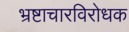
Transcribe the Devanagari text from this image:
भ्रष्टाचारविरोधक